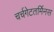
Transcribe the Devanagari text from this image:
चर्चगेटतर्मिनस